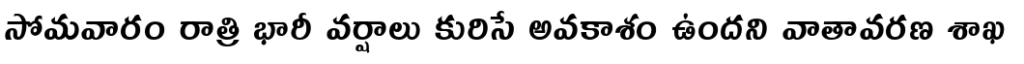
సోమవారం రాత్రి భారీ వర్షాలు కురిసే అవకాశం ఉందని వాతావరణ శాఖ